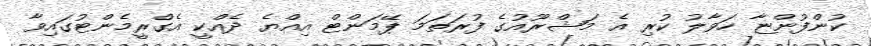
ކުންފުންޏާ ހަވާލު ކުރި އެ މަޝްރޫއުގެ ފުރަތަމަ ޕޭމަންޓް އިއްޔެ ދެއްކީ އެގްރީމެންޓުގައިވާ